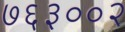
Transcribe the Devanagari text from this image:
७६३००२